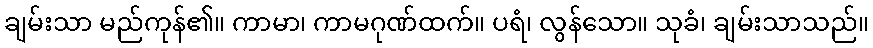
ချမ်းသာ မည်ကုန်၏။ ကာမာ၊ ကာမဂုဏ်ထက်။ ပရံ၊ လွန်သော။ သုခံ၊ ချမ်းသာသည်။